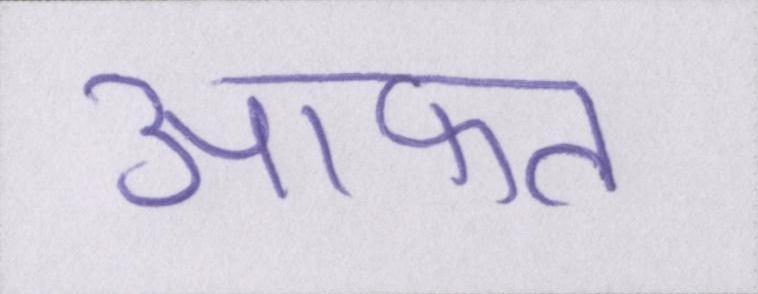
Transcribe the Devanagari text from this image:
आफत